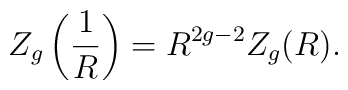
Z_g\left({1\over R}\right)= R^{2g-2}Z_g(R).